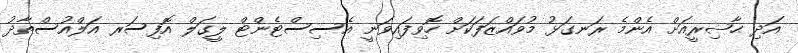
އަދި ޙާޟިރީއަށް އެންމެ ރަނގަޅު މުވައްޒަފަކަށް ހޮވިފައިވަނީ އެސިސްޓެންޓް ލީގަލް އޮފިސަރ އަލްއުސްތާޛު